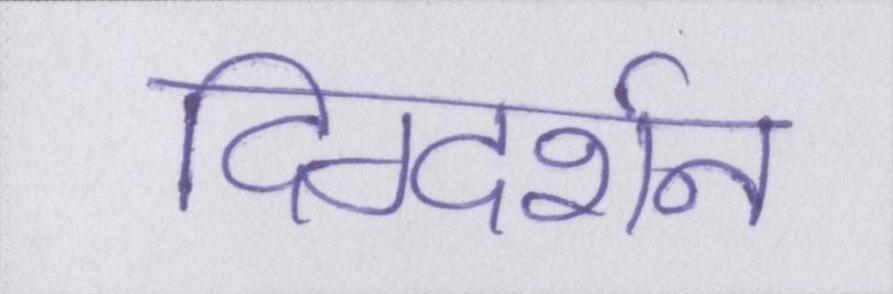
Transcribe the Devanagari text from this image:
दिग्दर्शन